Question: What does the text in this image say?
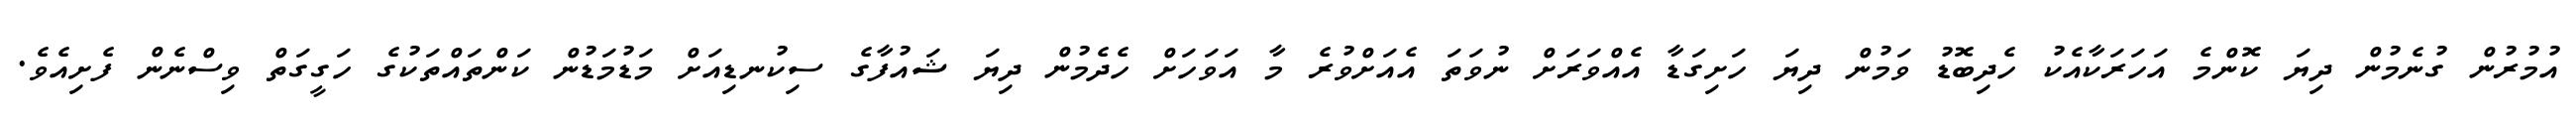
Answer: އުމުރުން ގުނެމުން ދިޔަ ކޮންމެ އަހަރަކާއެކު ހެދިބޮޑު ވަމުން ދިޔަ ހަށިގަޑާ އެއްވަރަށް ނުވަތަ އެއަށްވުރެ މާ އަވަހަށް ހެދެމުން ދިޔަ ޝައުފާގެ ސިކުނޑިއަށް މަޑުމަޑުން ކަންތައްތަކުގެ ހަގީގަތް ވިސްނެން ފެށިއެވެ.